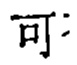
可